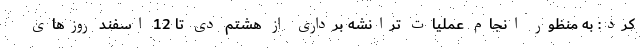
کرد: به منظور انجام عملیات ترانشه برداری از هشتم دی تا 12 اسفند روزهای